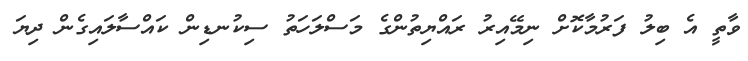
ވާތީ އެ ބިލު ފަރުމާކޮށް ނިމޭއިރު ރައްޔިތުންގެ މަސްލަހަތު ސިކުނޑިން ކައްސާލައިގެން ދިޔަ